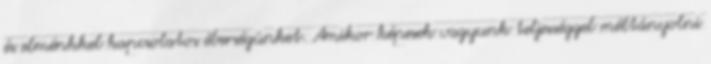
és elménkkel kapcsolatos éberségünket. Amikor képesek vagyunk teljességgel méltányolni